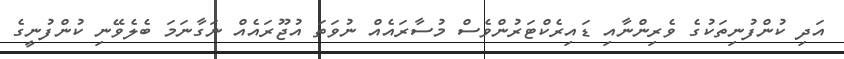
އަދި ކުންފުނިތަކުގެ ވެރިންނާއި ޑައިރެކްޓަރުންވެސް މުސާރައެއް ނުވަތަ އުޖޫރައެއް ނަގާނަމަ ބެލެވޭނި ކުންފުނީގެ